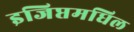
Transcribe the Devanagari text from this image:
इजिप्तमधिल